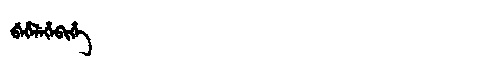
Manchu: ᠪᡝᡥᡝᠯᡝᡥᡝᠪᡳᡥᡝ
Romanization: BEHELEHEBIHE